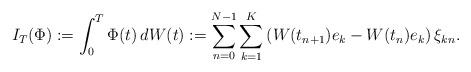
LaTeX: \begin{align*}I_T(\Phi):=\int_0^T\Phi(t)\,dW(t):=\sum_{n=0}^{N-1}\sum_{k=1}^K\left(W(t_{n+1})e_k-W(t_{n})e_k\right)\xi_{kn}.\end{align*}